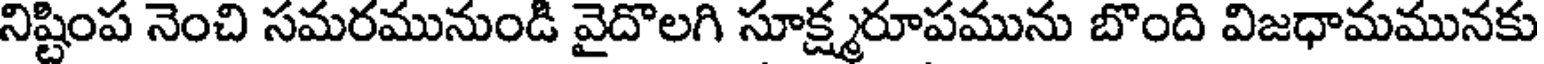
నిష్టింప నెంచి సమరమునుండి వైదొలగి సూక్ష్మరూపమును బొంది విజధామమునకు